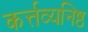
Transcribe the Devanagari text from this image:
कर्त्तव्यनिष्ठ